Lunatic asylums Punjab 1881-1894 - 1881-1894
Year: 1881
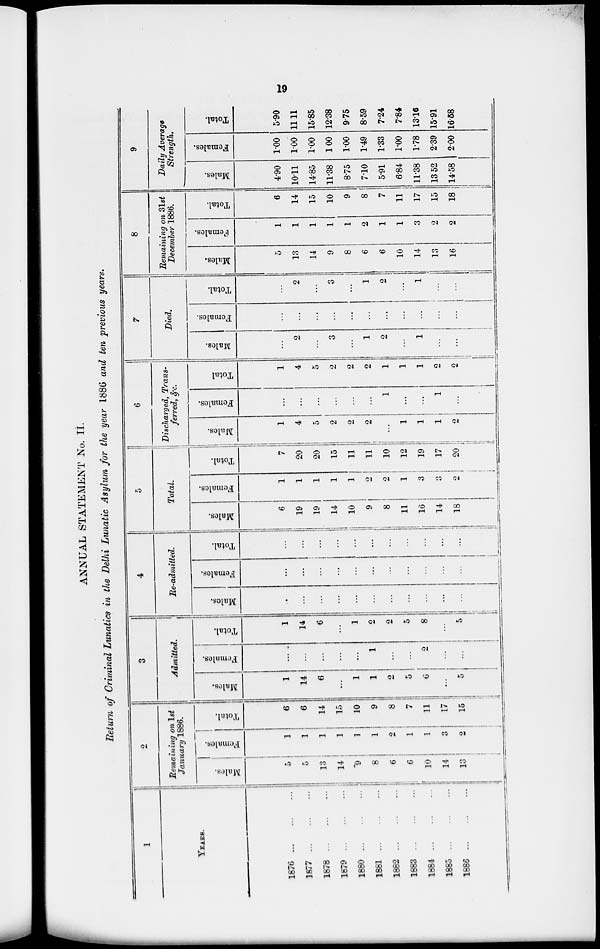
19
ANNUAL STATEMENT No. II.
Return of Criminal Lunatics in the Delhi Lunatic Asylum for the year 1886 and ten previous years.
1
YEARS
1876
...
...
1877
...
...
1878
...
...
1879
...
...
1880
...
...
1881
...
...
1882
...
...
1883
...
...
1884
...
...
1885
...
...
1886
...
...
2
Remaining on 1st
January 1886.
Males.
5
5
12
14
9
8
6
6
10
14
13
Femal es .
1
1
1
1
1
1
2
1
1
3
2
Tot al .
6
6
14
15
10
9
8
7
11
17
15
3
Admitted.
Males.
1
14
6
...
1
1
2
5
6
...
5
Females.
...
...
...
...
...
1
...
...
2
...
...
Total.
1
14
6
...
1
2
2
5
8
...
5
4
Re-admitted.
Males.
...
...
...
...
...
...
...
...
...
...
...
Females.
...
...
...
...
...
...
...
...
...
...
...
Total.
...
...
...
...
...
...
...
...
...
..
...
5
Total.
Males.
6
19
19
14
10
9
8
11
16
14
18
Females.
1
1
1
1
1
2
2
1
3
3
2
Total.
7
20
20
15
11
11
10
12
19
17
20
6
Discharged, Trans-
ferred, &c.
Males.
1
4
5
2
2
2
...
1
1
1
2
Females.
.....
...
...
...
1
...
...
1
...
Total
1
4
5
2
2
2
1
1
1
2
2
7
Died.
Males.
...
2
...
3
...
1
2
...
1
...
...
Females.
...
...
...
...
...
...
...
...
...
...
...
Total.
...
2
...
3
...
1
2
...
1
...
...
8
Remaining on 3 1 s t De c e mb e r 1886.
Males.
5
13
14
9
8
6
6
10
14
13
16
Females.
1
1
1
1
1
2
1
1
3
2
2
Total.
6
14
15
10
9
8
7
11
17
15
18
9
Daily Average
Strength.
Males.
4.90
10.11
14.85
11.38
8.75
7.10
5.91
6.84
11.38
13.52
14.58
Females.
1.00
1.00
1.00
1.00
1.00
1.49
1.33
1.00
1.78
2.39
2.00
Total.
5.90
11.11
15.85
12.38
9.75
8.59
7.24
7.84
13.16
15.91
16.58